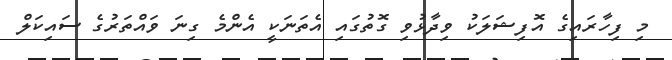
މި ފިހާރައިގެ އޮފިޝަލަކު ވިދާޅުވި ގޮތުގައި އެތަނަކީ އެންމެ ގިނަ ވައްތަރުގެ ސައިކަލް